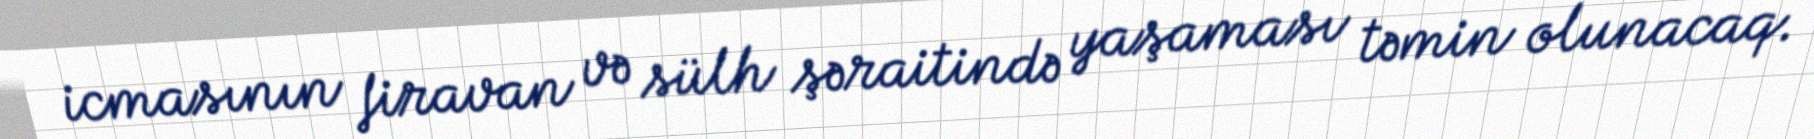
icmasının firavan və sülh şəraitində yaşaması təmin olunacaq.